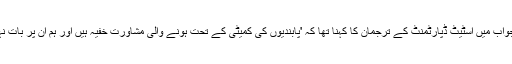
جس کے جواب میں اسٹیٹ ڈپارٹمنٹ کے ترجمان کا کہنا تھا کہ 'پابندیوں کی کمیٹی کے تحت ہونے والی مشاورت خفیہ ہیں اور ہم ان پر بات نہیں کرتے'۔